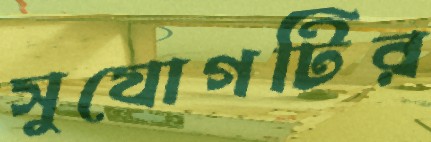
সুযোগটির